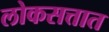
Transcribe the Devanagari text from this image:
लोकसत्तात